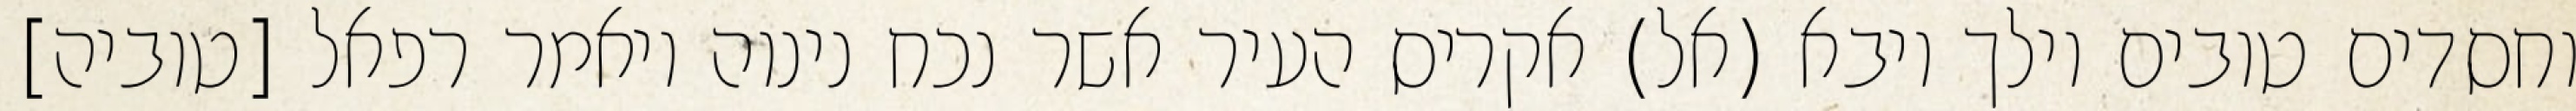
וחסדים טובים וילך ויבא (אל) אקריס העיר אשר נכח נינוה ויאמר רפאל [טוביה]